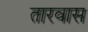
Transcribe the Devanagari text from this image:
तारवास